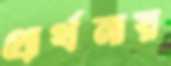
প্রার্থনায়